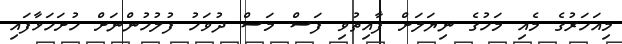
މިއަހަރުގެ މެއި މަހުގެ ނިޔަލަށް ފާއިތުވި ފަސް މަސް ދުވަހު ފުލުހުންނަށް ހުށަހަޅާފައި